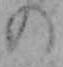
の